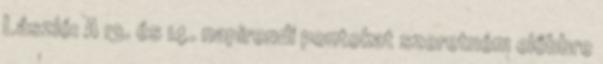
László: A 13. és 14. napirendi pontokat szeretném előbbre